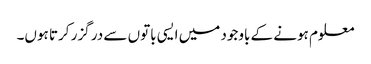
معلوم ہونے کے باوجود میں ایسی باتوں سے در گزر کرتا ہوں۔